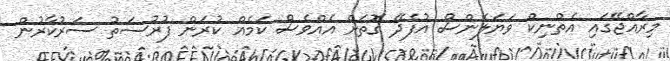
މިރާއްޖޭގައި އެތްނިކް ވަޔަލެންސް އުފެދޭ ގޮތަށް އެއްވެސް ކަމެއް ކުރަން ފުރުސަތު ސަރުކާރުން